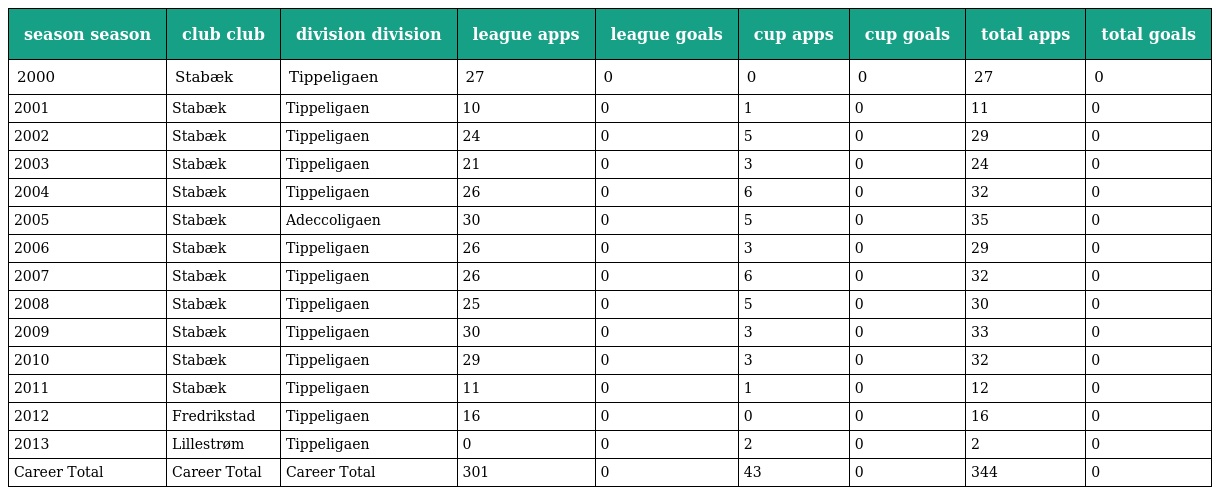
| season season | club club | division division | league apps | league goals | cup apps | cup goals | total apps | total goals |
 | --- | --- | --- | --- | --- | --- | --- | --- | --- |
 | 2000 | Stabæk | Tippeligaen | 27 | 0 | 0 | 0 | 27 | 0 |
 | 2001 | Stabæk | Tippeligaen | 10 | 0 | 1 | 0 | 11 | 0 |
 | 2002 | Stabæk | Tippeligaen | 24 | 0 | 5 | 0 | 29 | 0 |
 | 2003 | Stabæk | Tippeligaen | 21 | 0 | 3 | 0 | 24 | 0 |
 | 2004 | Stabæk | Tippeligaen | 26 | 0 | 6 | 0 | 32 | 0 |
 | 2005 | Stabæk | Adeccoligaen | 30 | 0 | 5 | 0 | 35 | 0 |
 | 2006 | Stabæk | Tippeligaen | 26 | 0 | 3 | 0 | 29 | 0 |
 | 2007 | Stabæk | Tippeligaen | 26 | 0 | 6 | 0 | 32 | 0 |
 | 2008 | Stabæk | Tippeligaen | 25 | 0 | 5 | 0 | 30 | 0 |
 | 2009 | Stabæk | Tippeligaen | 30 | 0 | 3 | 0 | 33 | 0 |
 | 2010 | Stabæk | Tippeligaen | 29 | 0 | 3 | 0 | 32 | 0 |
 | 2011 | Stabæk | Tippeligaen | 11 | 0 | 1 | 0 | 12 | 0 |
 | 2012 | Fredrikstad | Tippeligaen | 16 | 0 | 0 | 0 | 16 | 0 |
 | 2013 | Lillestrøm | Tippeligaen | 0 | 0 | 2 | 0 | 2 | 0 |
 | Career Total | Career Total | Career Total | 301 | 0 | 43 | 0 | 344 | 0 |